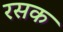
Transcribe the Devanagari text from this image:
रसक